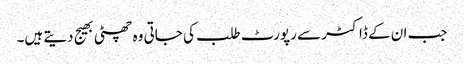
جب ان کے ڈاکٹر سے رپورٹ طلب کی جاتی وہ چھٹی بھیج دیتے ہیں۔